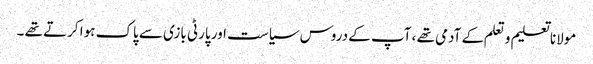
مولانا تعلیم و تعلم کے آدمی تھے ، آپ کے دروس سیاست اور پارٹی بازی سے پاک ہوا کرتے تھے ۔